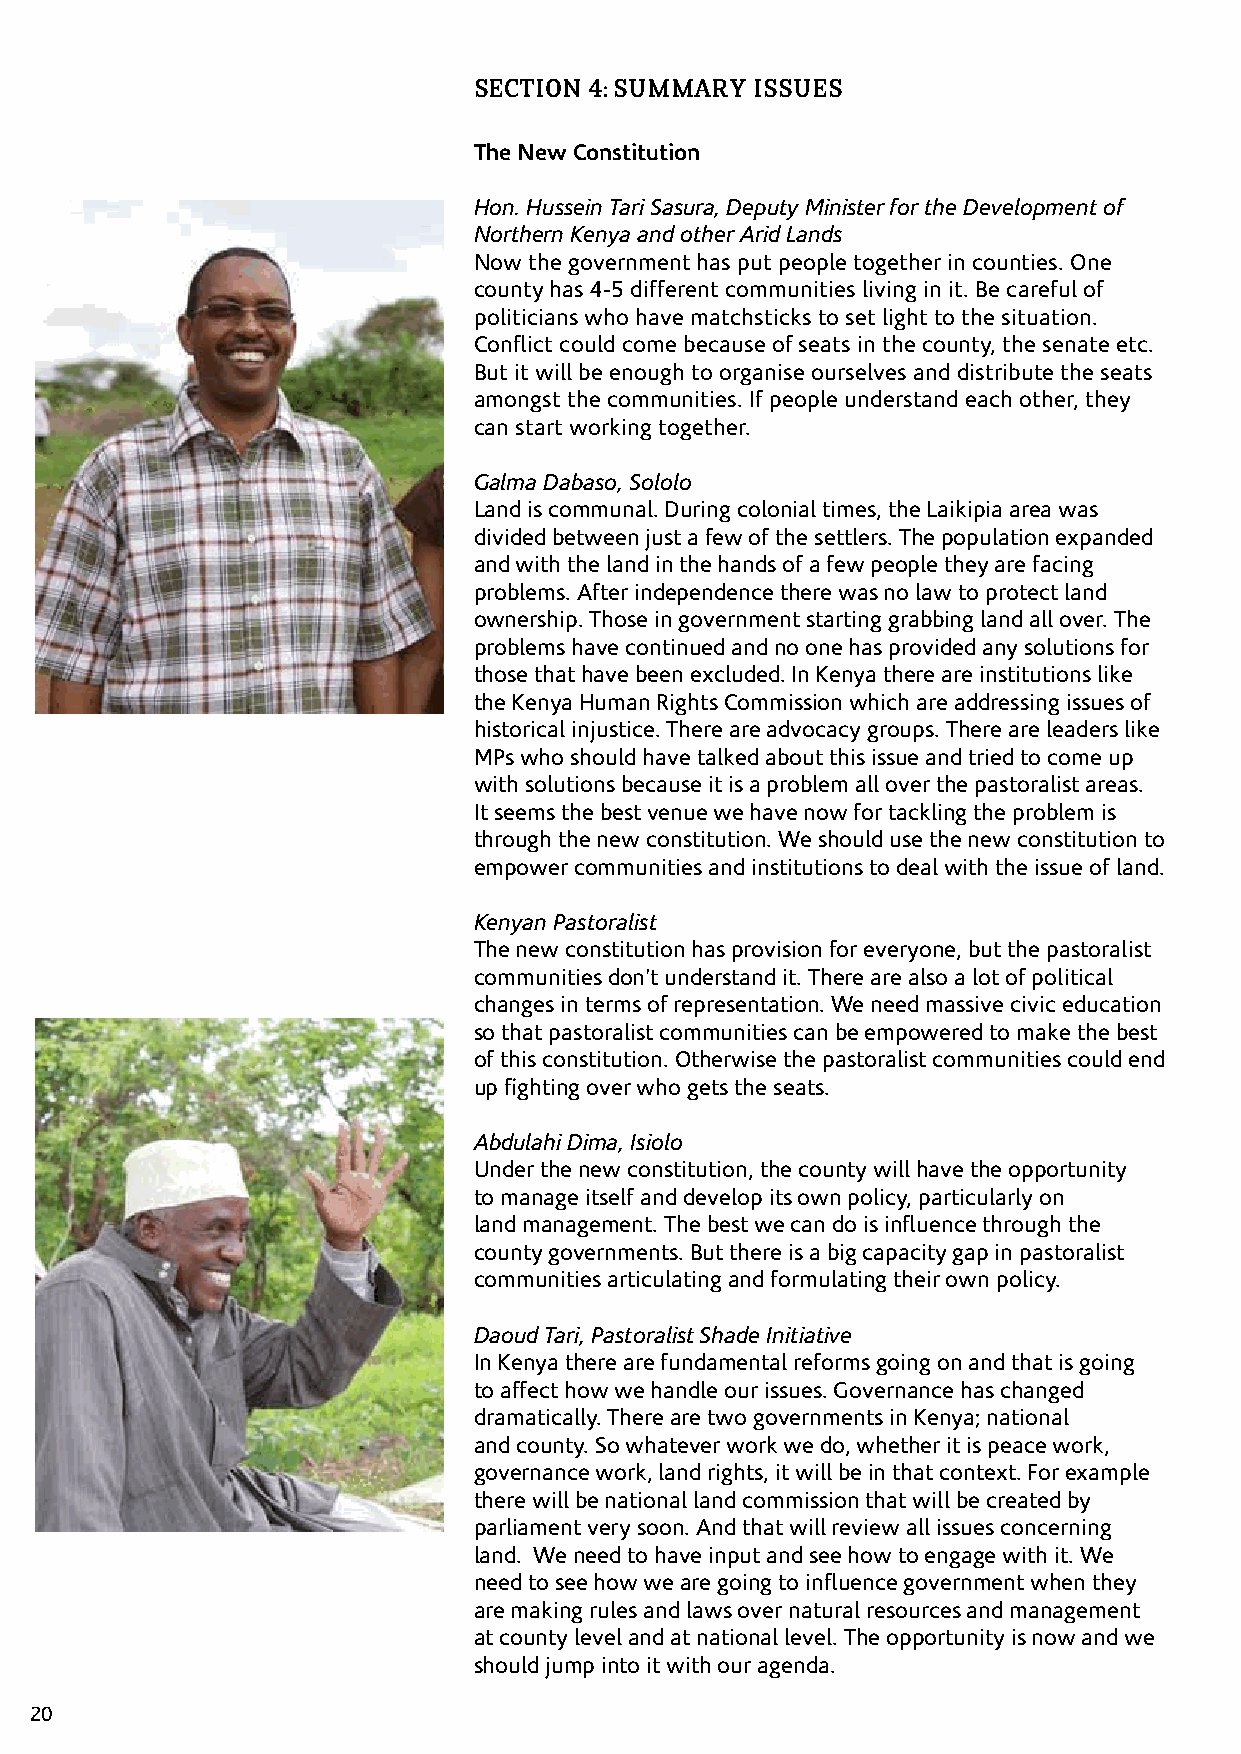
SECTION 4: SUMMARY ISSUES
 The New Constitution
 Hon. Hussein Tari Sasura, Deputy Minister for the Development of
 Northern Kenya and other Arid Lands
 Now the government has put people together in counties. One
 county has 4-5 different communities living in it. Be careful of
 politicians who have matchsticks to set light to the situation.
 Conflict could come because of seats in the county, the senate etc.
 But it will be enough to organise ourselves and distribute the seats
 amongst the communities. If people understand each other, they
 can start working together.
 Galma Dabaso, Sololo
 Land is communal. During colonial times, the Laikipia area was
 divided between just a few of the settlers. The population expanded
 and with the land in the hands of a few people they are facing
 problems. After independence there was no law to protect land
 ownership. Those in government starting grabbing land all over. The
 problems have continued and no one has provided any solutions for
 those that have been excluded. In Kenya there are institutions like
 the Kenya Human Rights Commission which are addressing issues of
 historical injustice. There are advocacy groups. There are leaders like
 MPs who should have talked about this issue and tried to come up
 with solutions because it is a problem all over the pastoralist areas.
 It seems the best venue we have now for tackling the problem is
 through the new constitution. We should use the new constitution to
 empower communities and institutions to deal with the issue of land.
 Kenyan Pastoralist
 The new constitution has provision for everyone, but the pastoralist
 communities don’t understand it. There are also a lot of political
 changes in terms of representation. We need massive civic education
 so that pastoralist communities can be empowered to make the best
 of this constitution. Otherwise the pastoralist communities could end
 up fighting over who gets the seats.
 Abdulahi Dima, Isiolo
 Under the new constitution, the county will have the opportunity
 to manage itself and develop its own policy, particularly on
 land management. The best we can do is influence through the
 county governments. But there is a big capacity gap in pastoralist
 communities articulating and formulating their own policy.
 Daoud Tari, Pastoralist Shade Initiative
 In Kenya there are fundamental reforms going on and that is going
 to affect how we handle our issues. Governance has changed
 dramatically. There are two governments in Kenya; national
 and county. So whatever work we do, whether it is peace work,
 governance work, land rights, it will be in that context. For example
 there will be national land commission that will be created by
 parliament very soon. And that will review all issues concerning
 land. We need to have input and see how to engage with it. We
 need to see how we are going to influence government when they
 are making rules and laws over natural resources and management
 at county level and at national level. The opportunity is now and we
 should jump into it with our agenda.
 20